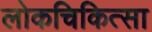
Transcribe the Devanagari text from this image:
लोकचिकित्सा